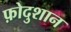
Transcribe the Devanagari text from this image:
फ़ोदुशान